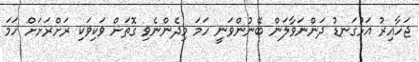
ޖަހާއިރު އަޅުގަނޑު ދަންނަވާލަން ބޭނުންވަނީ ހަމަ މިދެންނެވި ގޮތަށް ވަކިވަކި ރަށްރަށަށް ހަމަ